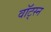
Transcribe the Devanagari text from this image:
वॉट्स्न